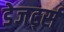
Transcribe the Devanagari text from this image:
डेजर्ट्स